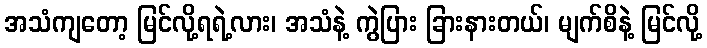
အသံကျတော့ မြင်လို့ရရဲ့လား၊ အသံနဲ့ ကွဲပြား ခြားနားတယ်၊ မျက်စိနဲ့ မြင်လို့